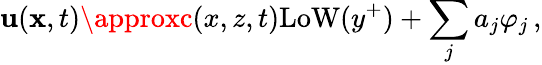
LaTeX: \mathbf{u}({\mathbf{x}},t)\approxc(x,z,t)\mathrm{{LoW}}(y^{+})+\sum_{j}a_{j}\varphi_{j}\, ,